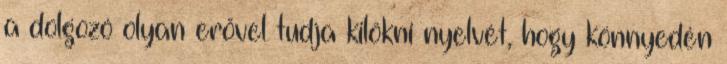
a dolgozó olyan erővel tudja kilökni nyelvét, hogy könnyedén